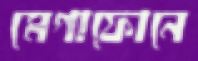
মেগাফোনে